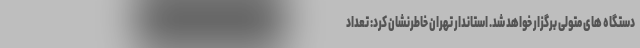
دستگاه های متولی برگزار خواهد شد. استاندار تهران خاطرنشان کرد: تعداد